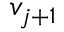
v _ { j + 1 }